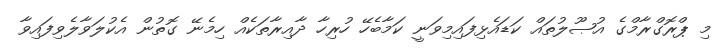
މި ޕްރޮގްރާމްގެ އުޞޫލުތައް ކަޑައެޅިފައިމިވަނީ ކަމާބެހޭ ހުރިހާ ދާއިރާތަކެއް ހިމެނޭ ގޮތުން އެކުލަވާލެވިފައިވާ